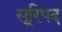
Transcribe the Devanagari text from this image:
सूरिपद